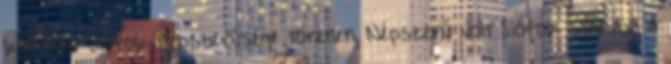
kiállítás: Siófok népszerűsége töretlen Népszerű volt Siófok standja a